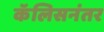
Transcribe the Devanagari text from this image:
कॅलिसनंतर